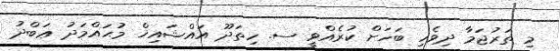
މި ތަރުޖަމާ ދިވެހި ބަހަށް ކުރެއްވީ ސ. ހިތަދޫ އައްޝައިޚް މުޙައްމަދު ޢަބްދު